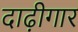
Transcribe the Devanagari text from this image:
दाढ़ीगार